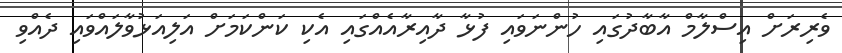
ވެރިރަށް އިސްލާމް އާބާދުގައި ހުންނަވައި ފުޅާ ދާއިރާއެއްގައި އެކި ކަންކަމަށް އަލިއަޅުވާލައްވައި ދެއްވި